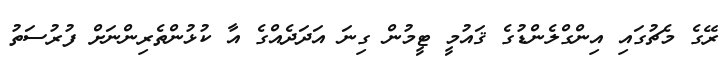
ރޭގެ މެޗުގައި އިންގްލެންޑުގެ ޤައުމީ ޓީމުން ގިނަ އަދަދެއްގެ އާ ކުޅުންތެރިންނަށް ފުރުސަތު